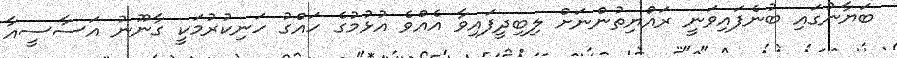
ބަޔާނުގައި ބުނެފައިވަނީ ރައްޔިތުންނަށް ލިބިދީފައިވާ އެއްވެ އުޅުމުގެ ހައްގު ހަނިކުރުމަކީ ގާނޫނު އަސާސީއާ